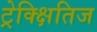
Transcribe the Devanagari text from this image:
ट्रेक्क्षितिज